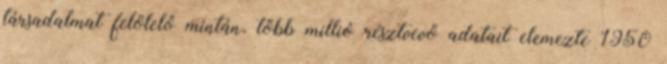
társadalmat felölelő mintán, több millió résztvevő adatait elemezte 1950